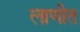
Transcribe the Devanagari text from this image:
लाणीत